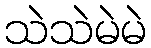
သဲသဲမဲမဲ